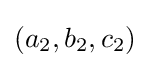
(a_{2},b_{2},c_{2})